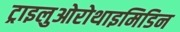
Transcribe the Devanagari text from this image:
ट्राइलुओरोथाइमिडिन